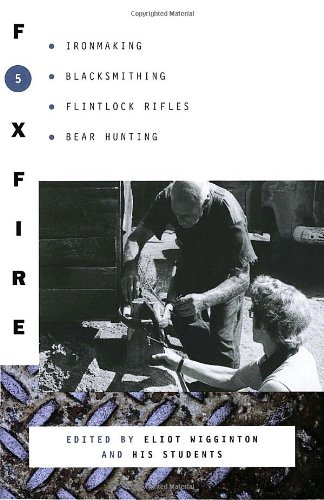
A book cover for Foxfire 5: Ironmaking, Blacksmithing, Flintlock Rifles, Bear Hunting, and Other Affairs of Plain Living; Crafts, Hobbies & Home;